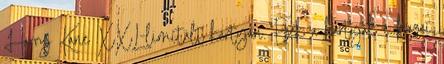
Harry Kane XXL-limitált kártyán. Ezek a kártyák a hazai